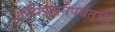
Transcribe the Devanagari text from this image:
शरीररचनेपर्यंतची